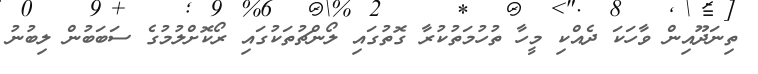
ތިނަދޫއިން ވާހަކަ ދެއްކި މީހާ ތުހުމަތުކުރާ ގޮތުގައި ލޯންޗުތަކުގައި ރޯކޮށްލުމުގެ ސަބަބުން ލިބުނު